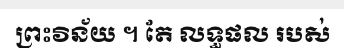
ព្រះវិន័យ ។ តែ លទ្ធផល របស់